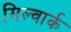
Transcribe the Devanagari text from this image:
मिल्वार्क